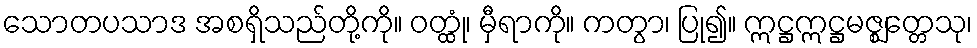
သောတပသာဒ အစရှိသည်တို့ကို။ ဝတ္ထုံ၊ မှီရာကို။ ကတွာ၊ ပြု၍။ ဣဋ္ဌဣဋ္ဌမဇ္ဈတ္တေသု၊